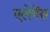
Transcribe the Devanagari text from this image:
एलेगेंस